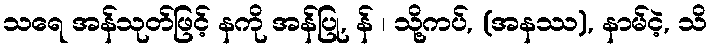
သရေ အန်သုတ်ဖြင့် နကို အန်ပြု, န် ၊ သို့ကပ်, (အနဿ), နာမ်ငဲ့, သိ